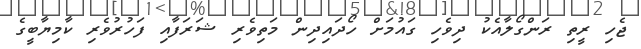
ޖެހި ރީތި ރަންގޯލާއެކު ދިވެހި ގައުމަށް ހޯދައިދިން މަތިވެރި ޝަރަފާއި ފަހުރުވެރި ކާމިޔާބީގެ